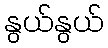
နွယ်နွယ်